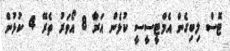
ޓޮސް ލިބިގެން އެމްޓީސީސީ ކުޅެން އަރާ 8 އޯވަރު ތެރޭ 4 ކުޅުން